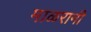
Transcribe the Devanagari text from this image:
माळरानी